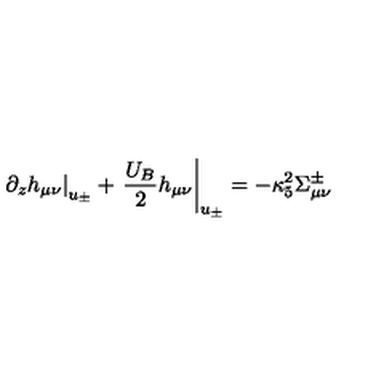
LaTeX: \left. \partial _ { z } h _ { \mu \nu } \right| _ { u _ { \pm } } + \left. \frac { U _ { B } } { 2 } h _ { \mu \nu } \right| _ { u _ { \pm } } = - \kappa _ { 5 } ^ { 2 } \Sigma _ { \mu \nu } ^ { \pm }